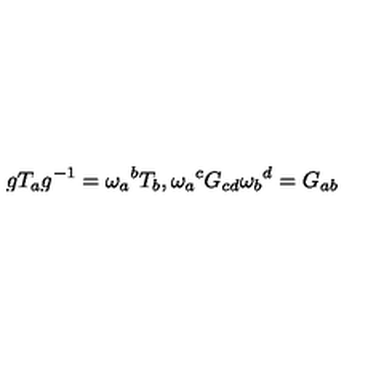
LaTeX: g T _ { a } g ^ { - 1 } = \omega _ { a } { } ^ { b } T _ { b } , \omega _ { a } { } ^ { c } G _ { c d } \omega _ { b } { } ^ { d } = G _ { a b }